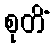
စုတိံ